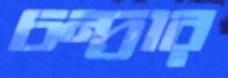
চন্দ্রার